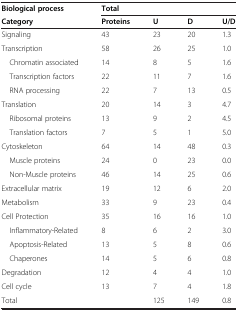
<table><thead><tr><td><b>Biological process</b></td><td colspan="4"><b>Total</b></td></tr><tr><td><b>Category</b></td><td><b>Proteins</b></td><td><b>U</b></td><td><b>D</b></td><td><b>U/D</b></td></tr></thead><tbody><tr><td>Signaling</td><td>43</td><td>23</td><td>20</td><td>1.3</td></tr><tr><td>Transcription</td><td>58</td><td>26</td><td>25</td><td>1.0</td></tr><tr><td> Chromatin associated</td><td>14</td><td>8</td><td>5</td><td>1.6</td></tr><tr><td> Transcription factors</td><td>22</td><td>11</td><td>7</td><td>1.6</td></tr><tr><td> RNA processing</td><td>22</td><td>7</td><td>13</td><td>0.5</td></tr><tr><td>Translation</td><td>20</td><td>14</td><td>3</td><td>4.7</td></tr><tr><td> Ribosomal proteins</td><td>13</td><td>9</td><td>2</td><td>4.5</td></tr><tr><td> Translation factors</td><td>7</td><td>5</td><td>1</td><td>5.0</td></tr><tr><td>Cytoskeleton</td><td>64</td><td>14</td><td>48</td><td>0.3</td></tr><tr><td> Muscle proteins</td><td>24</td><td>0</td><td>23</td><td>0.0</td></tr><tr><td> Non-Muscle proteins</td><td>46</td><td>14</td><td>25</td><td>0.6</td></tr><tr><td>Extracellular matrix</td><td>19</td><td>12</td><td>6</td><td>2.0</td></tr><tr><td>Metabolism</td><td>33</td><td>9</td><td>23</td><td>0.4</td></tr><tr><td>Cell Protection</td><td>35</td><td>16</td><td>16</td><td>1.0</td></tr><tr><td> Inflammatory-Related</td><td>8</td><td>6</td><td>2</td><td>3.0</td></tr><tr><td> Apoptosis-Related</td><td>13</td><td>5</td><td>8</td><td>0.6</td></tr><tr><td> Chaperones</td><td>14</td><td>5</td><td>6</td><td>0.8</td></tr><tr><td>Degradation</td><td>12</td><td>4</td><td>4</td><td>1.0</td></tr><tr><td>Cell cycle</td><td>13</td><td>7</td><td>4</td><td>1.8</td></tr><tr><td>Total</td><td> </td><td>125</td><td>149</td><td>0.8</td></tr></tbody></table>